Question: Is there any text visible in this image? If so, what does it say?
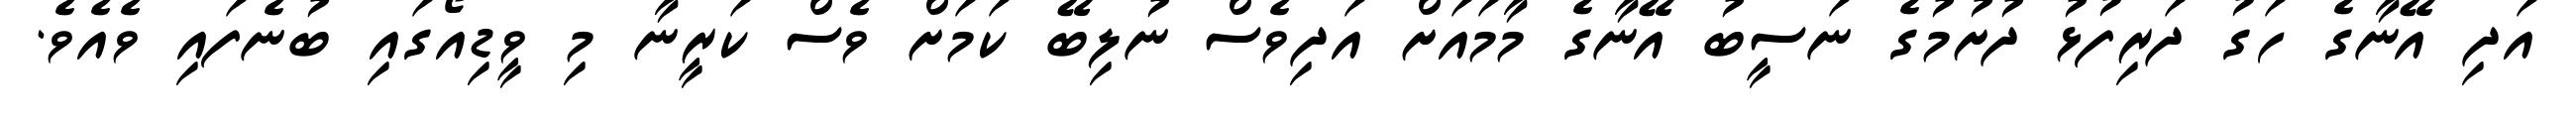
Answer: އަދި އޭނާގެ ހަގު ދަރިފުޅު ދުށުމުގެ ނަސީބު އޭނާގެ މާމައަށް އަދިވެސް ނުލިބޭ ކަމަށް ވެސް ކަރީނާ މި ވީޑިއޯގައި ބުނެފައި ވެއެވެ.